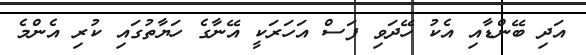
އަދި ބޭންޑާއި އެކު ހޭދަވި ފަސް އަހަރަކީ އޭނާގެ ހަޔާތުގައި ކުރި އެންމެ